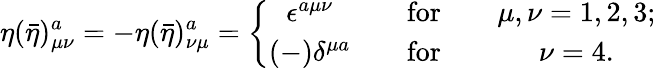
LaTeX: \eta(\bar{\eta})_{\mu\nu}^{a}=-\eta(\bar{\eta})_{\nu\mu}^{a}=\left\{ \begin{array}{ccc}{{\epsilon^{a\mu\nu}}}&{{\quad\mathrm{for}\quad}}&{{\mu,\nu=1,2,3;}}\\ {{(-)\delta^{\mu a}}}&{{\quad\mathrm{for}\quad}}&{{\nu=4.}}\end{array}\right.